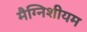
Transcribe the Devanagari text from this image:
मैग्निशीयम